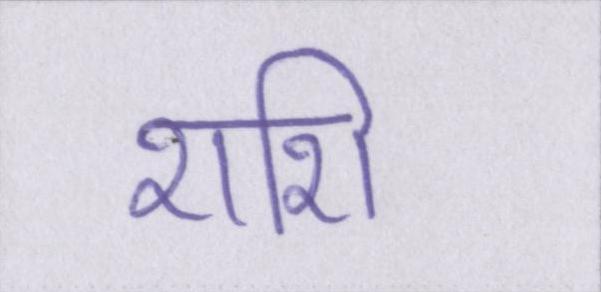
शशि